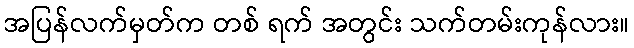
အပြန်လက်မှတ်က တစ် ရက် အတွင်း သက်တမ်းကုန်လား။